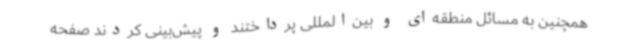
همچنین به مسائل منطقه‌ای و بین‌المللی پرداختند و پیش‌بینی کردند صفحه